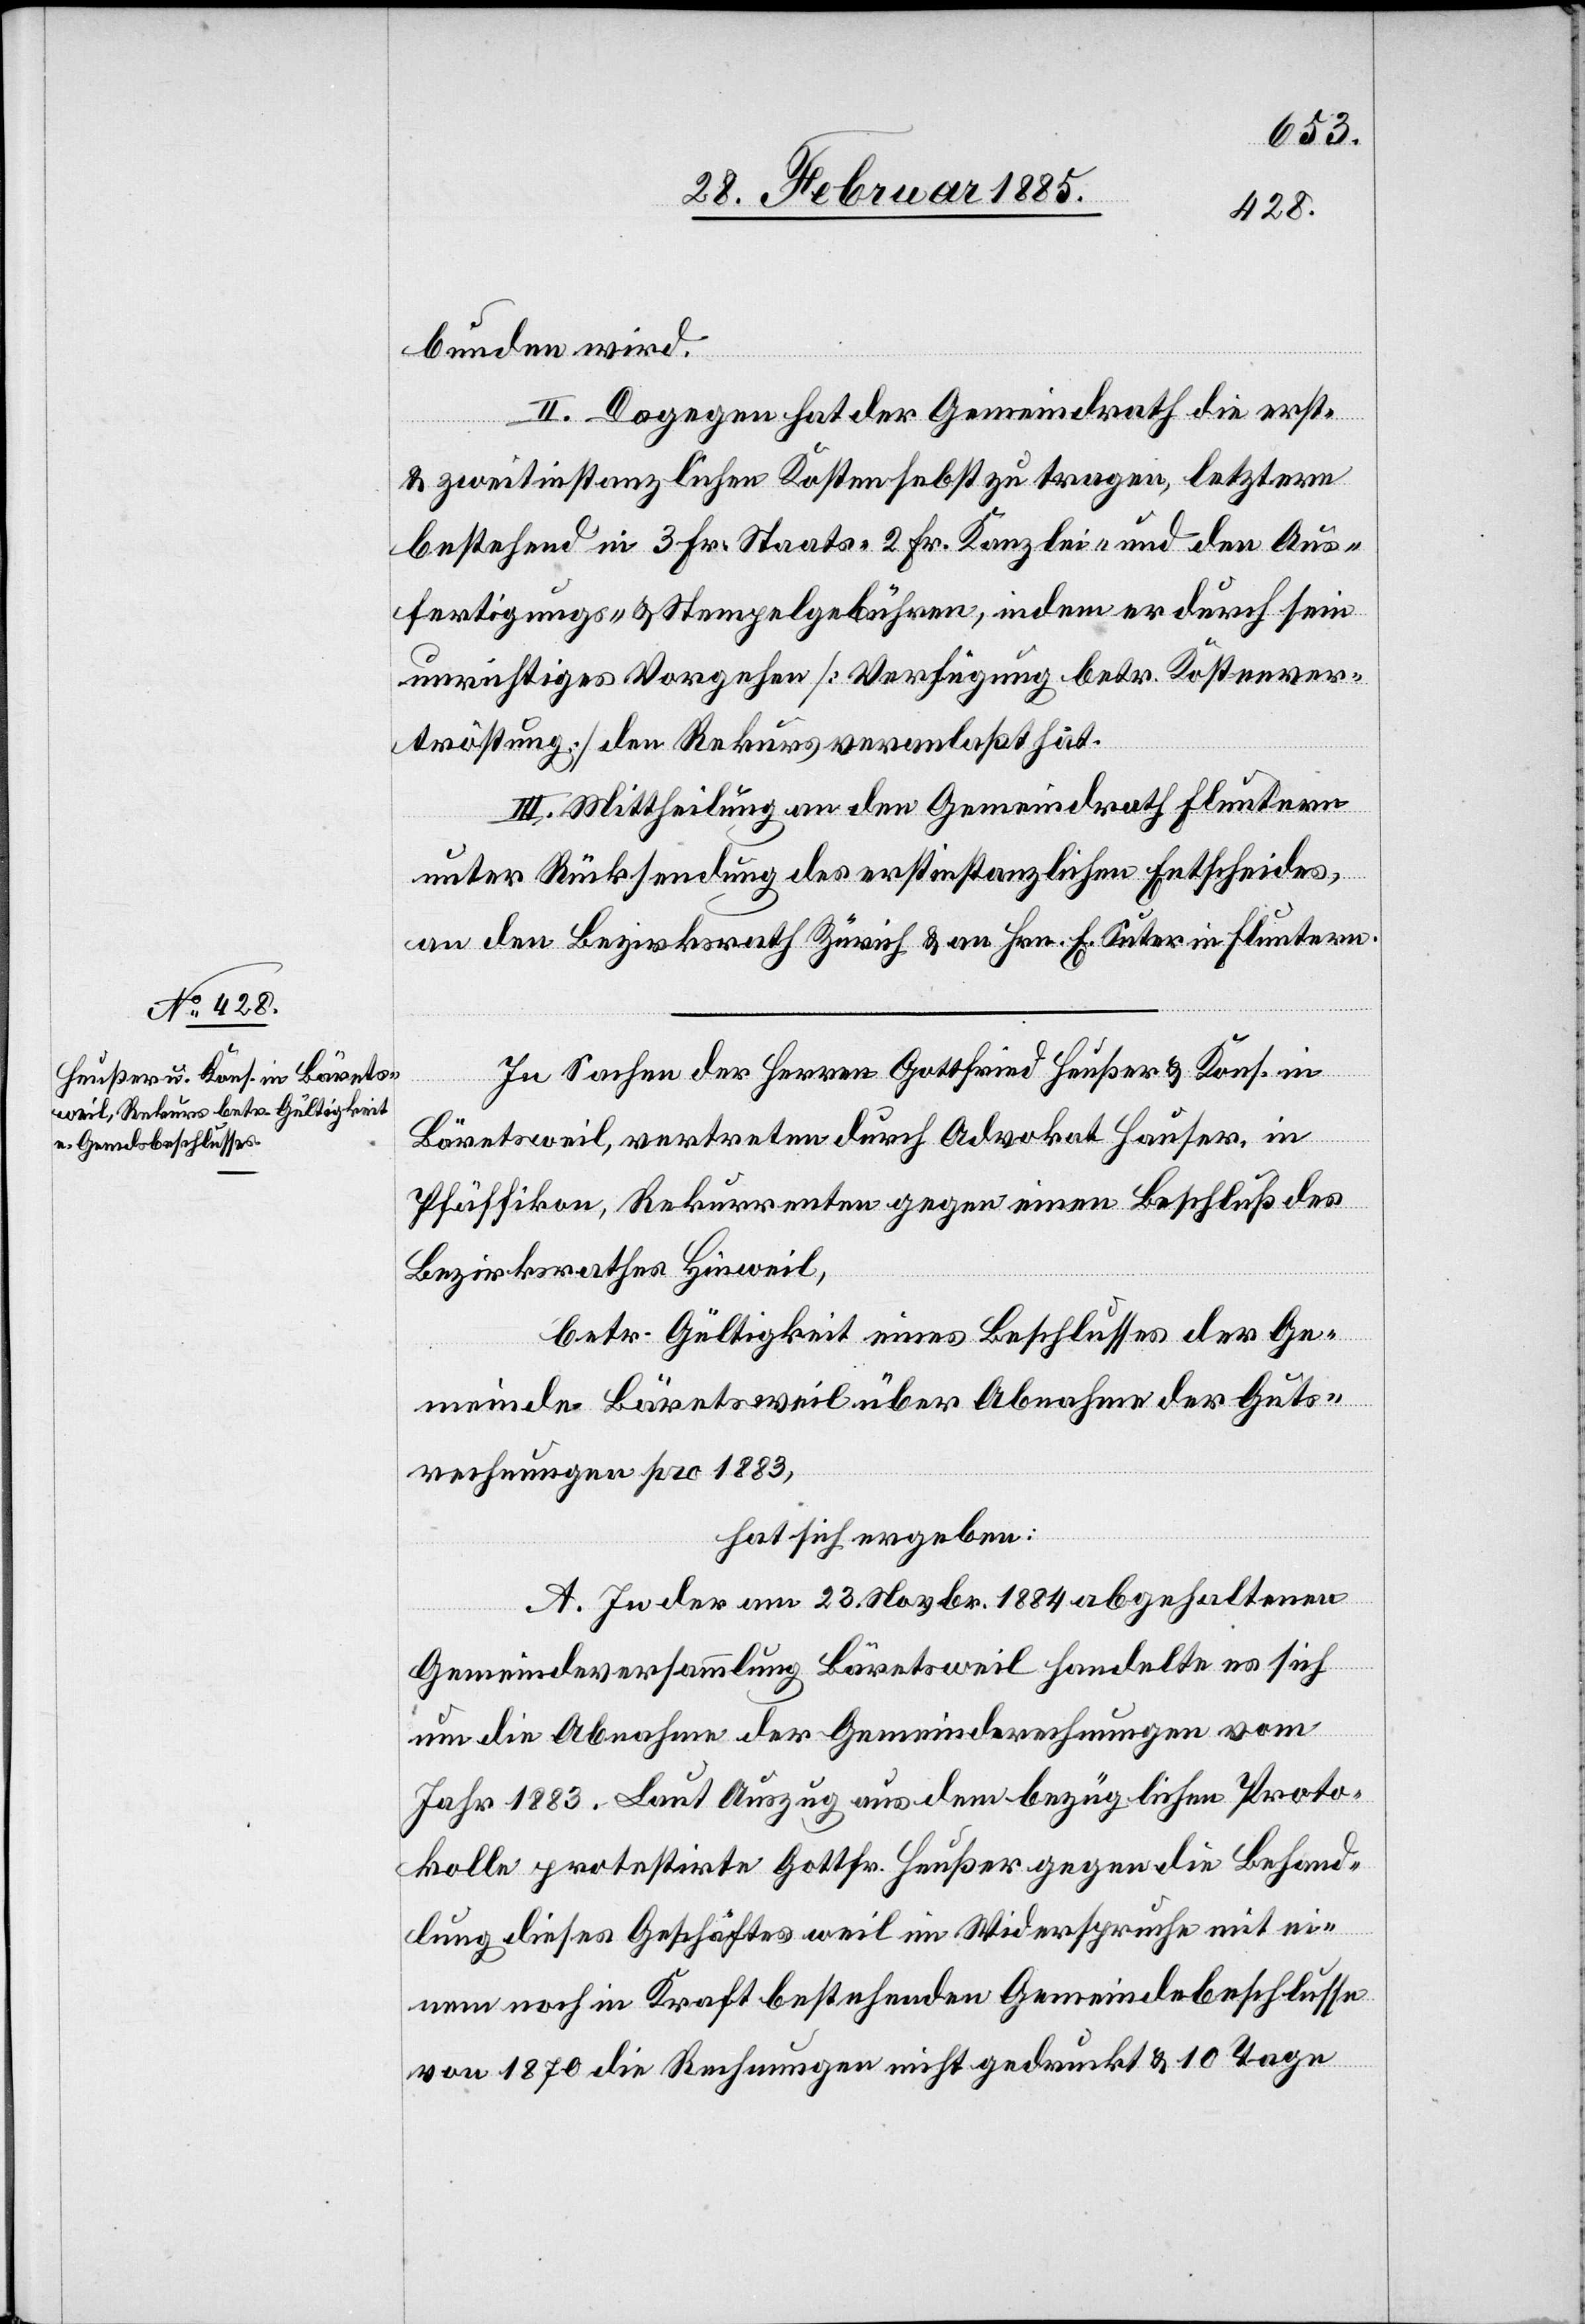
bunden wird.
II. Dagegen hat der Gemeindrath die erst-
& zweitinstanzlichen Kosten se[l]bst zu tragen, letztere
bestehend in 3 Fr. Staats-[,] 2 Fr. Kanzlei- und den Aus¬
fertigungs- & Stempelgebühren, indem er durch sein
unrichtiges Vorgehen [Verfügung betr. Kostenver¬
tröstung] den Rekurs veranlaßt hat.
III. Mittheilung an den Gemeindrath Fluntern
unter Rücksendung des erstinstanzlichen Entscheides,
an den Bezirksrath Zürich & an Hrn. E. Suter in Fluntern.